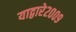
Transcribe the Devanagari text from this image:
याद्वारे२००९